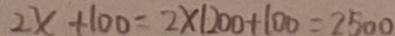
2 x + 1 0 0 = 2 \times 1 2 0 0 + 1 0 0 = 2 5 0 0